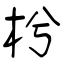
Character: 枍